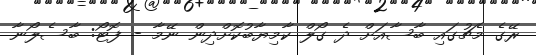
ރޭގެ މެޗުގައި ބާސާއަށް ދެ ގޯލް ކާމިޔާބުކޮށްދިން ނޭމާ - ފޮޓޯ: ބާސެލޯނާ